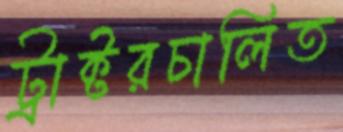
ট্রাক্টরচালিত